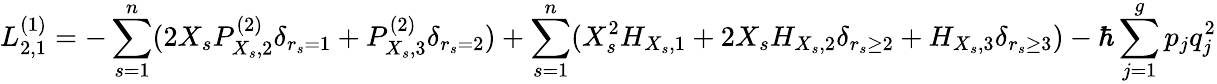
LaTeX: L_{2,1}^{(1)}=-\sum_{s=1}^{n}(2X_{s}P_{X_{s},2}^{(2)}\delta_{r_{s}=1}+P_{X_{s},3}^{(2)}\delta_{r_{s}=2})+\sum_{s=1}^{n}(X_{s}^{2}H_{X_{s},1}+2X_{s}H_{X_{s},2}\delta_{r_{s}\geq 2}+H_{X_{s},3}\delta_{r_{s}\geq 3})-\hbar\sum_{j=1}^{g}p_{j}q_{j}^{2}